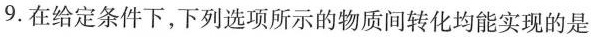
9.在给定条件下,下列选项所示的物质间转化均能实现的是